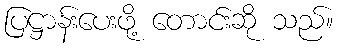
ပြဋ္ဌာန်းပေးဖို့ တောင်းဆို သည်။